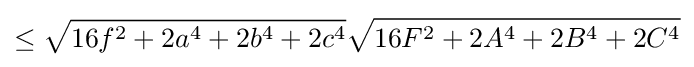
\leq {\sqrt {16f^{2}+2a^{4}+2b^{4}+2c^{4}}}{\sqrt {16F^{2}+2A^{4}+2B^{4}+2C^{4}}}